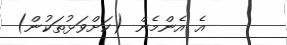
އެ އެންމެން (ކަށްވަޅުތަކުން)